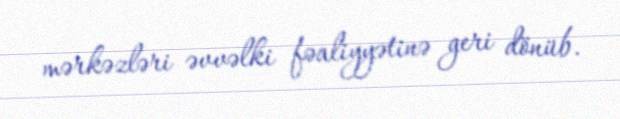
mərkəzləri əvvəlki fəaliyyətinə geri dönüb.